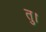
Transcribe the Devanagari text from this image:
तु।